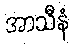
အာသီနံ